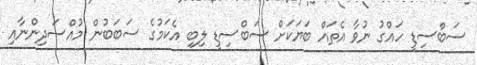
ސަބްސިޑީ ހައްގު ނުވާ އެތައް ބަޔަކަށް ސަބްސިޑީ ލިބި އެކަމުގެ ސަބަބުން މުއްސަދިންނާއި